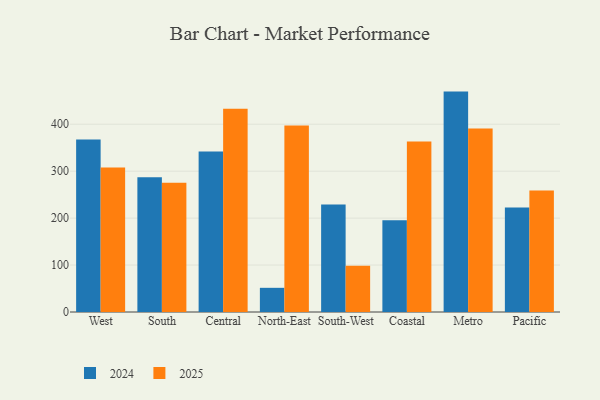
{"axis": {"x": "Region", "y": "Shipments"}, "legend": ["2024", "2025"], "data": [{"x": "West", "y": 308.0, "type": "2025"}, {"x": "West", "y": 367.3, "type": "2024"}, {"x": "South", "y": 275.2, "type": "2025"}, {"x": "South", "y": 286.8, "type": "2024"}, {"x": "Central", "y": 432.9, "type": "2025"}, {"x": "Central", "y": 341.8, "type": "2024"}, {"x": "North-East", "y": 397.1, "type": "2025"}, {"x": "North-East", "y": 51.5, "type": "2024"}, {"x": "South-West", "y": 98.5, "type": "2025"}, {"x": "South-West", "y": 229.1, "type": "2024"}, {"x": "Coastal", "y": 363.1, "type": "2025"}, {"x": "Coastal", "y": 195.5, "type": "2024"}, {"x": "Metro", "y": 391.1, "type": "2025"}, {"x": "Metro", "y": 469.5, "type": "2024"}, {"x": "Pacific", "y": 258.7, "type": "2025"}, {"x": "Pacific", "y": 222.4, "type": "2024"}]}